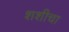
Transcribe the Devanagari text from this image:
शशीचा